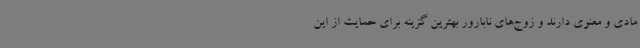
مادی و معنوی دارند و زوج‌های نابارور بهترین گزینه برای حمایت از این